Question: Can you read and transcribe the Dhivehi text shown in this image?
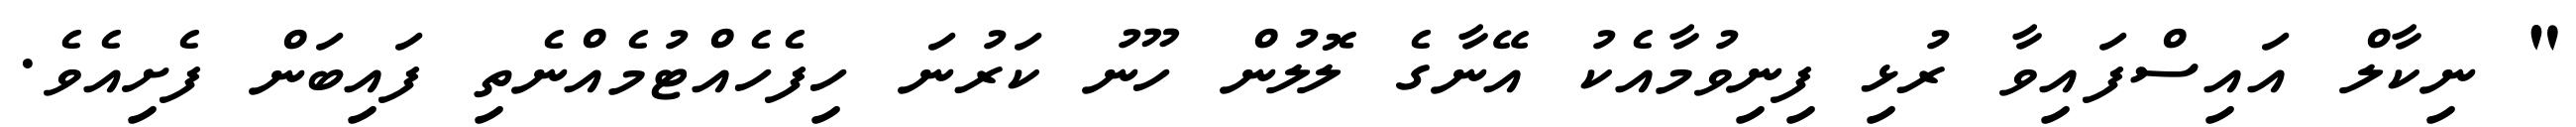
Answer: " ނިކާލް އައިސްފައިވާ ރުޅި ފިނިވުމާއެކު އޭނާގެ ލޮލުން ހޫނު ކަރުނަ ހިފެހެއްޓުމެއްނެތި ފައިބަން ފެށިއެވެ.